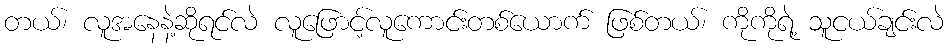
တယ်၊ လူအနေနဲ့ဆိုရင်လဲ လူဖြောင့်လူကောင်းတစ်ယောက် ဖြစ်တယ်၊ ကိုကိုရဲ့ သူငယ်ချင်းလဲ